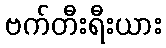
ဗက်တီးရီးယား